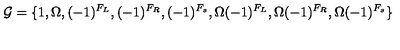
{ \cal G } = \{ 1 , \Omega , ( - 1 ) ^ { F _ { L } } , ( - 1 ) ^ { F _ { R } } , ( - 1 ) ^ { F _ { s } } , \Omega ( - 1 ) ^ { F _ { L } } , \Omega ( - 1 ) ^ { F _ { R } } , \Omega ( - 1 ) ^ { F _ { s } } \}